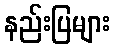
နည်းပြများ